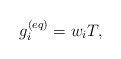
\begin{align*}g_i^{(eq)} = {{w}_i}T,\end{align*}